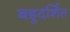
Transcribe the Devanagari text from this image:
बहुदर्शित